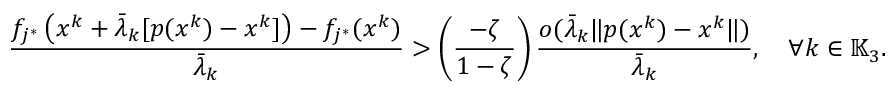
\frac { f _ { j ^ { * } } \left( x ^ { k } + \bar { \lambda } _ { k } [ p ( x ^ { k } ) - x ^ { k } ] \right) - f _ { j ^ { * } } ( x ^ { k } ) } { \bar { \lambda } _ { k } } > \left( \frac { - \zeta } { 1 - \zeta } \right) \frac { o ( \bar { \lambda } _ { k } \| p ( x ^ { k } ) - x ^ { k } \| ) } { \bar { \lambda } _ { k } } , \quad \forall k \in \mathbb { K } _ { 3 } .